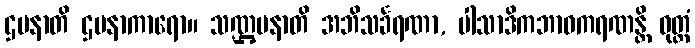
ဌပနာတိ ဌပနာကာရော။ သဏ္ဌပနာတိ အဘိသင်္ခရဏာ, ပါသာဒိကဘာဝကရဏန္တိ ဝုတ္တံ